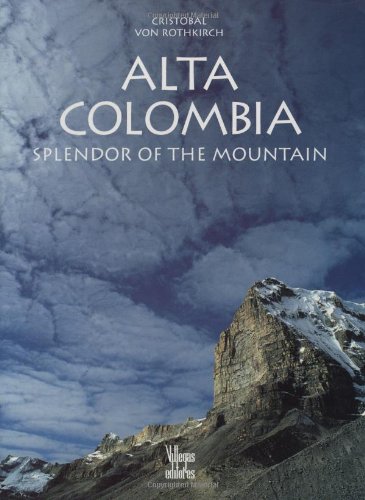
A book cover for Alta Colombia: Splendor of the mountain; Cristobal von Rothkirch; Travel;